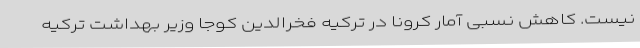
نیست. کاهش نسبی آمار کرونا در ترکیه فخرالدین کوجا وزیر بهداشت ترکیه